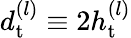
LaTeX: d_{\mathrm{t}}^{(l)}\equiv 2h_{\mathrm{t}}^{(l)}